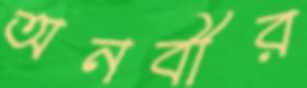
অনবীর